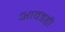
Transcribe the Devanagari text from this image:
आवडही